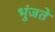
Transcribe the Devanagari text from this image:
भुंजते